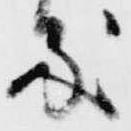
処